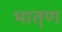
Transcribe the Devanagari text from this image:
भातॄण